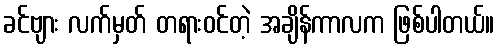
ခင်ဗျား လက်မှတ် တရားဝင်တဲ့ အချိန်ကာလက ဖြစ်ပါတယ်။